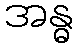
အန္ဓ